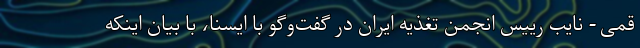
قمی - نایب رییس انجمن تغذیه ایران در گفت‌وگو با ایسنا، با بیان اینکه